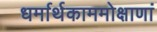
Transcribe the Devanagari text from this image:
धर्मार्थकाममोक्षाणां